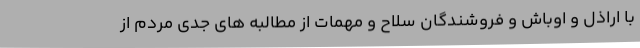
با اراذل و اوباش و فروشندگان سلاح و مهمات از مطالبه های جدی مردم از